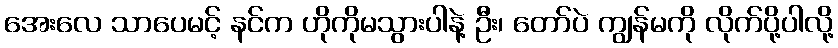
အေးလေ သာပေမင့် နင်က ဟိုကိုမသွားပါနဲ့ ဦး၊ တော်ပဲ ကျွန်မကို လိုက်ပို့ပါလို့